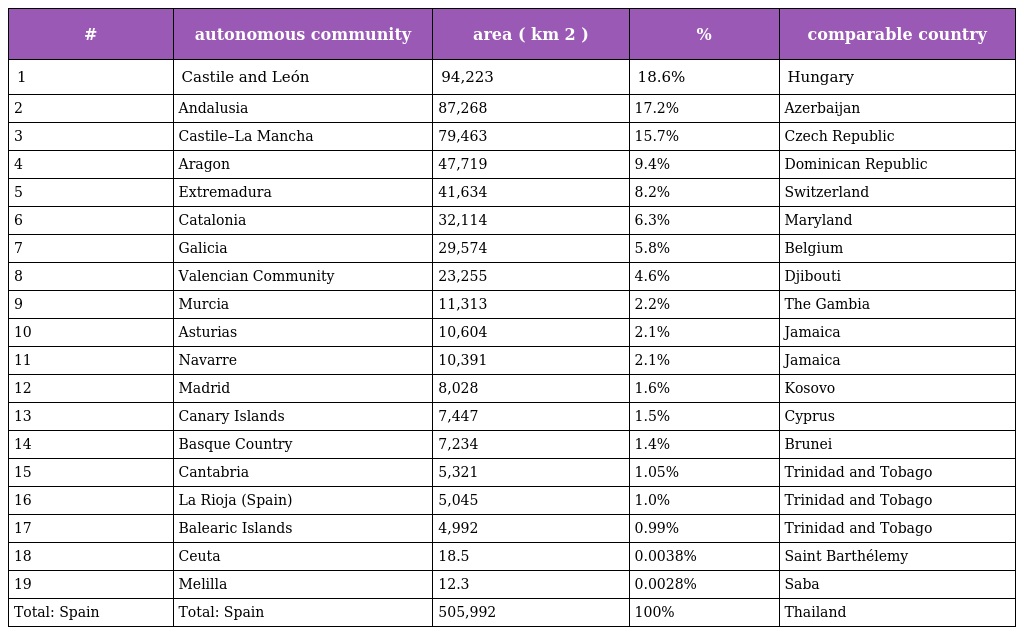
| # | autonomous community | area ( km 2 ) | % | comparable country |
 | --- | --- | --- | --- | --- |
 | 1 | Castile and León | 94,223 | 18.6% | Hungary |
 | 2 | Andalusia | 87,268 | 17.2% | Azerbaijan |
 | 3 | Castile–La Mancha | 79,463 | 15.7% | Czech Republic |
 | 4 | Aragon | 47,719 | 9.4% | Dominican Republic |
 | 5 | Extremadura | 41,634 | 8.2% | Switzerland |
 | 6 | Catalonia | 32,114 | 6.3% | Maryland |
 | 7 | Galicia | 29,574 | 5.8% | Belgium |
 | 8 | Valencian Community | 23,255 | 4.6% | Djibouti |
 | 9 | Murcia | 11,313 | 2.2% | The Gambia |
 | 10 | Asturias | 10,604 | 2.1% | Jamaica |
 | 11 | Navarre | 10,391 | 2.1% | Jamaica |
 | 12 | Madrid | 8,028 | 1.6% | Kosovo |
 | 13 | Canary Islands | 7,447 | 1.5% | Cyprus |
 | 14 | Basque Country | 7,234 | 1.4% | Brunei |
 | 15 | Cantabria | 5,321 | 1.05% | Trinidad and Tobago |
 | 16 | La Rioja (Spain) | 5,045 | 1.0% | Trinidad and Tobago |
 | 17 | Balearic Islands | 4,992 | 0.99% | Trinidad and Tobago |
 | 18 | Ceuta | 18.5 | 0.0038% | Saint Barthélemy |
 | 19 | Melilla | 12.3 | 0.0028% | Saba |
 | Total: Spain | Total: Spain | 505,992 | 100% | Thailand |